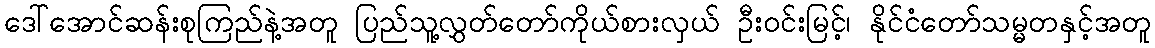
ဒေါ်အောင်ဆန်းစုကြည်နဲ့အတူ ပြည်သူ့လွှတ်တော်ကိုယ်စားလှယ် ဦးဝင်းမြင့်၊ နိုင်ငံတော်သမ္မတနှင့်အတူ